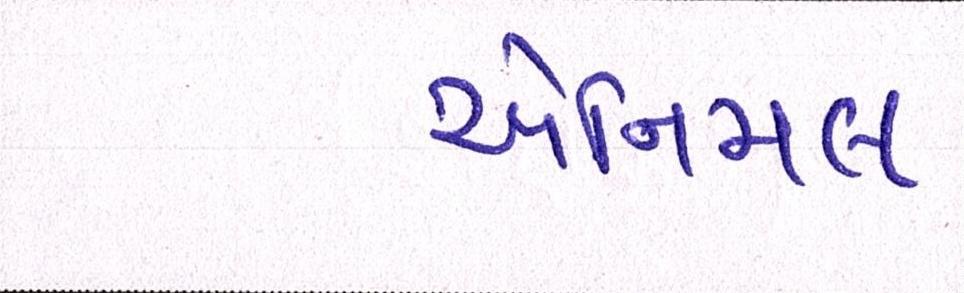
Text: એનિમલ